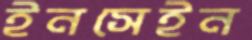
ইনসেইন